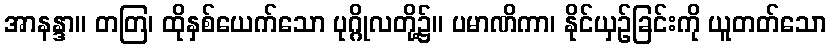
အာနန္ဒာ။ တတြ၊ ထိုနှစ်ယေက်သော ပုဂ္ဂိုလတို့၌။ ပမာဏိကာ၊ နိုင်ယှဉ်ခြင်းကို ယူတတ်သော